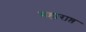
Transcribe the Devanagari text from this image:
महाराष्त